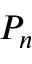
P _ { n }